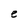
Character: e